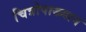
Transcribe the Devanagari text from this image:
चित्रोपाख्यान